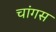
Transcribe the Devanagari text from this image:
चांगस